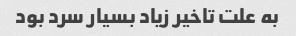
به علت تاخیر زیاد بسیار سرد بود